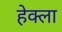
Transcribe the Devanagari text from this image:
हेक्ला